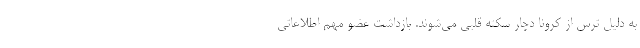
به دلیل ترس از کرونا دچار سکته قلبی می‌شوند. بازداشت عضو مهم اطلاعاتی